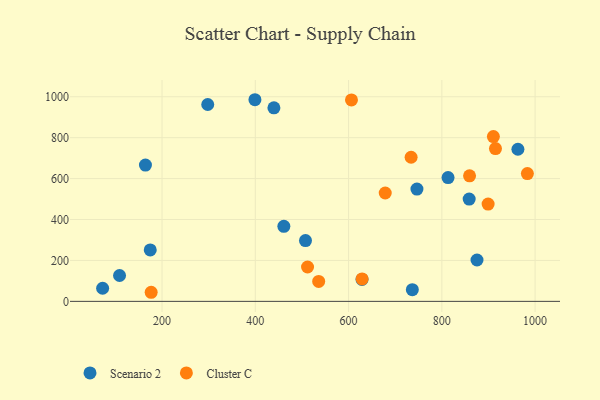
{"axis": {"x": "Engine Size", "y": "Exam Score"}, "legend": ["Cluster C", "Scenario 2"], "data": [{"x": "298.0", "y": 962.1, "type": "Scenario 2"}, {"x": "746.6", "y": 548.7, "type": "Scenario 2"}, {"x": "108.9", "y": 126.5, "type": "Scenario 2"}, {"x": "72.6", "y": 64.0, "type": "Scenario 2"}, {"x": "164.4", "y": 666.1, "type": "Scenario 2"}, {"x": "813.3", "y": 604.8, "type": "Scenario 2"}, {"x": "174.7", "y": 251.6, "type": "Scenario 2"}, {"x": "963.1", "y": 743.4, "type": "Scenario 2"}, {"x": "628.8", "y": 107.3, "type": "Scenario 2"}, {"x": "439.9", "y": 945.9, "type": "Scenario 2"}, {"x": "399.2", "y": 985.4, "type": "Scenario 2"}, {"x": "507.6", "y": 297.2, "type": "Scenario 2"}, {"x": "858.6", "y": 499.9, "type": "Scenario 2"}, {"x": "736.7", "y": 57.0, "type": "Scenario 2"}, {"x": "461.2", "y": 366.5, "type": "Scenario 2"}, {"x": "875.4", "y": 202.1, "type": "Scenario 2"}, {"x": "899.2", "y": 475.4, "type": "Cluster C"}, {"x": "535.9", "y": 97.4, "type": "Cluster C"}, {"x": "910.5", "y": 805.5, "type": "Cluster C"}, {"x": "512.0", "y": 167.9, "type": "Cluster C"}, {"x": "629.0", "y": 109.5, "type": "Cluster C"}, {"x": "678.6", "y": 529.5, "type": "Cluster C"}, {"x": "176.7", "y": 44.4, "type": "Cluster C"}, {"x": "859.4", "y": 613.3, "type": "Cluster C"}, {"x": "983.4", "y": 624.3, "type": "Cluster C"}, {"x": "606.2", "y": 984.5, "type": "Cluster C"}, {"x": "734.1", "y": 704.2, "type": "Cluster C"}, {"x": "915.0", "y": 746.5, "type": "Cluster C"}]}